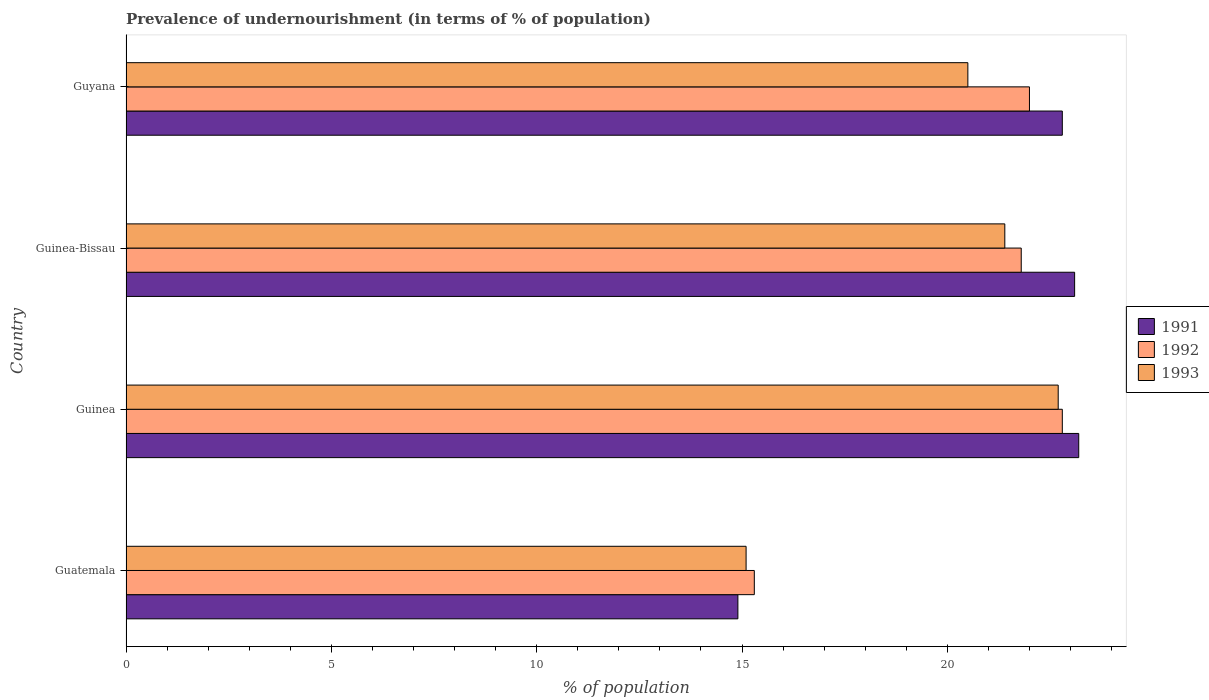
| Country | 1991 | 1992 | 1993 |
 | --- | --- | --- | --- |
 | Guatemala | 14.9 | 15.3 | 15.1 |
 | Guinea | 23.2 | 22.8 | 22.7 |
 | Guinea-Bissau | 23.1 | 21.8 | 21.4 |
 | Guyana | 22.8 | 22 | 20.5 |